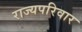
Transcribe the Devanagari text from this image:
राज्यपरिवार